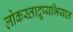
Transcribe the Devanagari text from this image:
लोकस्ताद्रूप्यभियात